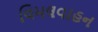
વિમલવાહન